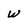
Character: w